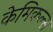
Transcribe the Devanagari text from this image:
केमिकल्‍स